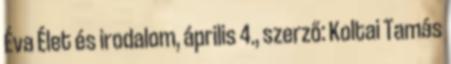
Éva Élet és irodalom, április 4., szerző: Koltai Tamás